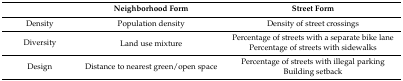
<table><thead><tr><td></td><td><b>Neighborhood Form</b></td><td><b>Street Form</b></td></tr></thead><tbody><tr><td>Density</td><td>Population density</td><td>Density of street crossings</td></tr><tr><td rowspan="2">Diversity</td><td rowspan="2">Land use mixture</td><td>Percentage of streets with a separate bike lane</td></tr><tr><td>Percentage of streets with sidewalks</td></tr><tr><td rowspan="2">Design</td><td rowspan="2">Distance to nearest green/open space</td><td>Percentage of streets with illegal parking</td></tr><tr><td>Building setback</td></tr></tbody></table>